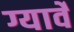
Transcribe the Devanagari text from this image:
ग्यार्वे